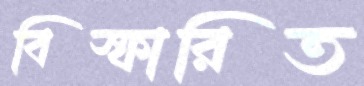
বিস্ফারিত